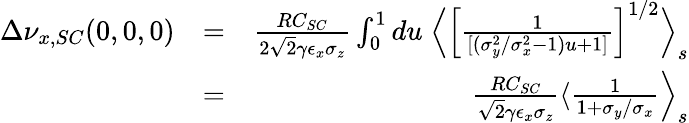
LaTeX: \begin{array}{rlr}{\Delta\nu_{x,SC}(0,0,0)}&{=}&{\frac{RC_{SC}}{2\sqrt{2}\gamma\epsilon_{x}\sigma_{z}}\int_{0}^{1}du\; \Big\langle\left[\frac{1}{[(\sigma_{y}^{2}/\sigma_{x}^{2}-1)u+1]}\right]^{1/2}\Big\rangle_{s}}\\ &{=}&{\frac{RC_{SC}}{\sqrt{2}\gamma\epsilon_{x}\sigma_{z}}\langle\frac{1}{1+\sigma_{y}/\sigma_{x}}\Big\rangle_{s}}\end{array}